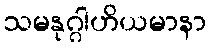
သမနုဂ္ဂါဟိယမာနာ